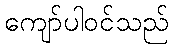
ကျော်ပါဝင်သည်